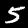
Digit: 5